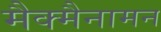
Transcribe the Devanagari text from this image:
मैक्मैनामन